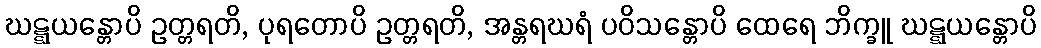
ဃဋ္ဋယန္တောပိ ဥတ္တရတိ, ပုရတောပိ ဥတ္တရတိ, အန္တရဃရံ ပဝိသန္တောပိ ထေရေ ဘိက္ခူ ဃဋ္ဋယန္တောပိ